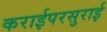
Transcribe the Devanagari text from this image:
कराईपरसुराई